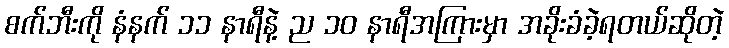
စက်ဘီးကို နံနက် ၁၁ နာရီနဲ့ ည ၁၀ နာရီအကြားမှာ အခိုးခံခဲ့ရတယ်ဆိုတဲ့